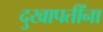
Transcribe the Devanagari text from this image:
दुखापतींना